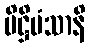
ပိဋ္ဌိမံသာနိ